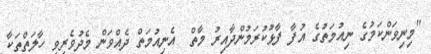
"މިނިވަންކަމުގެ ނިއުމަތުގެ އުފާ ފާޅުކުރަމުންދާއިރު މާތް  އެނިއުމަތް ދެއްވަން މެދުވެރިވި ހާލަތްތަކާ